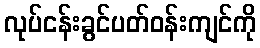
လုပ်ငန်းခွင်ပတ်ဝန်းကျင်ကို